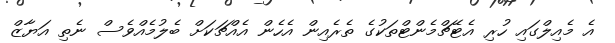
އެ މެއިލްގައި ހުރި އެޓޭޗްމެންޓްތަކުގެ ތެރެއިން އެހެން އެއްޗަކަށް ބެލުމެއްވެސް ނެތި އަޔާޒް